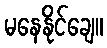
မနေနိုင်ချေ။